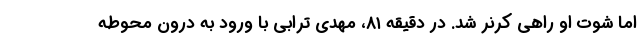
اما شوت او راهی کرنر شد. در دقیقه ۸۱، مهدی ترابی با ورود به درون محوطه